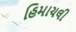
હિમાચલી